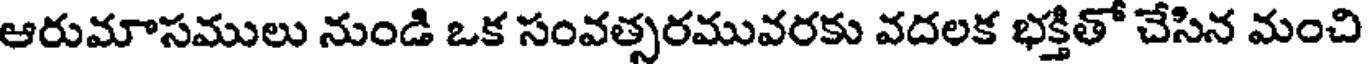
ఆరుమాసములు నుండి ఒక సంవత్సరమువరకు వదలక భక్తితో చేసిన మంచి